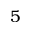
5